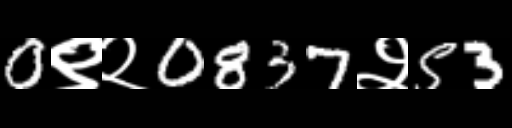
Text: 0९२0837२53